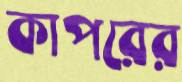
কাপরের